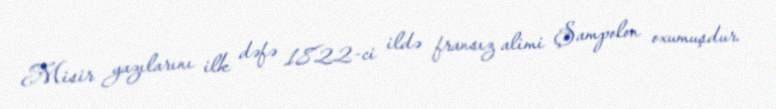
Misir yazılarını ilk dəfə 1822-ci ildə fransız alimi Şampolon oxumuşdur.